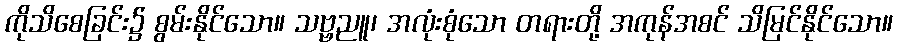
ကိုသိစေခြင်း၌ စွမ်းနိုင်သော။ သဗ္ဗညူ၊ အလုံးစုံသော တရားတို့ အကုန်အစင် သိမြင်နိုင်သော။